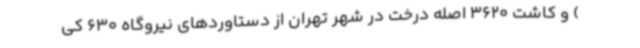
) و کاشت 3620 اصله درخت در شهر تهران از دستاوردهای نیروگاه 630 کی